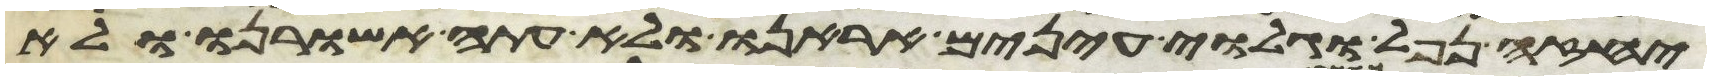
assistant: יחזה נפל וגלוי עינים אראנו ולא עתה אשורנו ולא